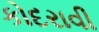
કોદરાવી